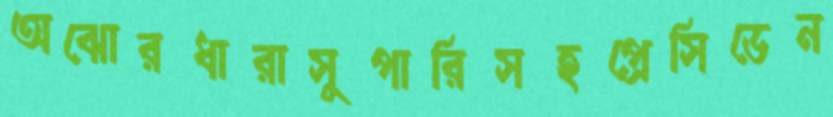
অঝোরধারাসুপারিসহপ্রেসিডেন